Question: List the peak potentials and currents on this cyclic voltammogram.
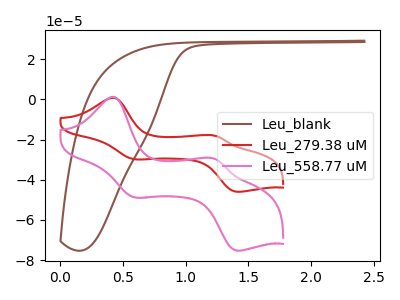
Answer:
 <answer>The brown curve "Leu_blank" has no peaks. The red curve "Leu_279.38 uM" has anodic peaks at (0.45V, 0.70uA) (1.25V, -18.10uA) and cathodic peaks at (0.60V, -29.85uA) (1.40V, -46.00uA). The pink curve "Leu_558.77 uM" has anodic peaks at (0.45V, 1.15uA) (1.25V, -29.60uA) and cathodic peaks at (0.60V, -48.85uA) (1.40V, -75.30uA).</answer>
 <eval></eval>